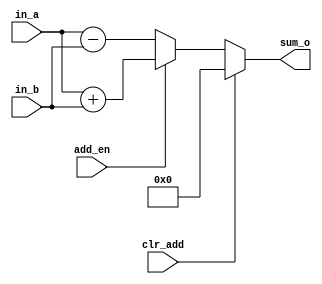
`timescale 1ns / 1ps
//////////////////////////////////////////////////////////////////////////////////
// Company: 
// Engineer: 
// 
// Design Name: 
// Module Name: ADD_SUB
// Project Name: 
// Target Devices: 
// Tool Versions: 
// Description: 
// 
// Dependencies: 
// 
// Revision:
// Revision 0.01 - File Created
// Additional Comments:
// 
//////////////////////////////////////////////////////////////////////////////////


module ADD_SUB(
    input [3:0] in_a,
    input [3:0] in_b,
    input clr_add,
    input add_en,
    output reg [3:0] sum_o
);
always@(*)
 begin
 if(clr_add==1'b1)
  sum_o = 4'b0000;
  else if(add_en==1'b1)
   begin
   sum_o = in_a + in_b ;
     end
   else
       begin  sum_o = in_a - in_b ;
         end
      end   
endmodule